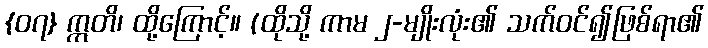
{၀၇} ဣတိ၊ ထို့ကြောင့်။ (ထိုသို့ ကာမ ၂-မျိုးလုံး၏ သက်ဝင်၍ဖြစ်ရာ၏